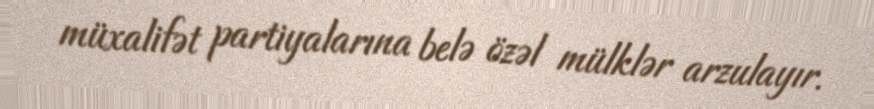
müxalifət partiyalarına belə özəl mülklər arzulayır.